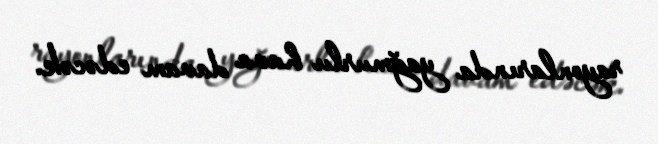
rayonlarında yağmurlu hava davam edəcək.